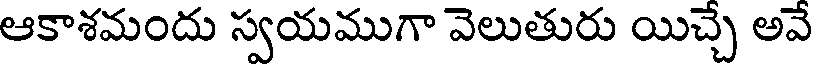
ఆకాశమందు స్వయముగా వెలుతురు యిచ్చే అవే